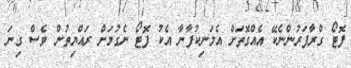
ފޮޓޯ ގްރާފަރުންނެކޭ އެއްގޮތަށް އެމަނިކުފާނާ އެކު ފޮޓޯ ނެގުމަށް ރައްޔިތުން ވެސް ގިނަ